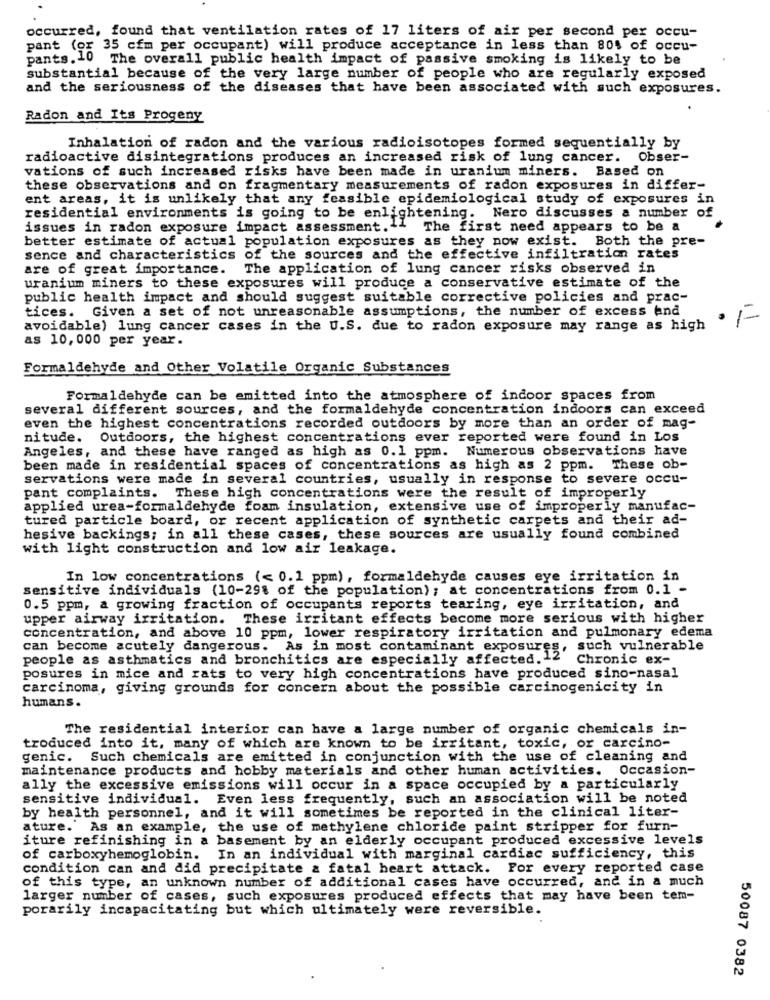
occurred, found that ventilation rates of 17 liters of air per second per occu-
pant (or 35 cfm per occupant) will produce acceptance in less than 80% of occu-
pants. 10 The overall public health impact of passive smoking is likely to be
substantial because of the very large number of people who are regularly exposed
and the seriousness of the diseases that have been associated with such exposures.
Radon and Its Progeny
Inhalation of radon and the various radioisotopes formed sequentially by
radioactive disintegrations produces an increased risk of lung cancer. Obser-
vations of such increased risks have been made in uranium miners. Based on
these observations and on fragmentary measurements of radon exposures in differ-
ent areas, it is unlikely that any feasible epidemiological study of exposures in
residential environments is going to be enlightening. Nero discusses a number of
issues in radon exposure impact assessment.11
The first need appears to be a
better estimate of actual population exposures as they now exist. Both the pre-
sence and characteristics of the sources and the effective infiltration rates
are of great importance.
The application of lung cancer risks observed in
uranium miners to these exposures will produce a conservative estimate of the
public health impact and should suggest suitable corrective policies and prac-
tices. Given a set of not unreasonable assumptions, the number of excess And
1-
-
avoidable) lung cancer cases in the U.S. due to radon exposure may range as high
as 10, 000 per year.
Formaldehyde and Other Volatile Organic Substances
Formaldehyde can be emitted into the atmosphere of indoor spaces from
several different sources, and the formaldehyde concentration indoors can exceed
even the highest concentrations recorded outdoors by more than an order of mag-
nitude. Outdoors, the highest concentrations ever reported were found in Los
Angeles, and these have ranged as high as 0.1 ppm. Numerous observations have
been made in residential spaces of concentrations as high as 2 ppm. These ob-
servations were made in several countries, usually in response to severe occu-
pant complaints. These high concentrations were the result of improperly
applied urea-formaldehyde foam insulation, extensive use of improperly manufac-
tured particle board, or recent application of synthetic carpets and their ad-
hesive backings; in all these cases, these sources are usually found combined
with light construction and low air leakage.
In low concentrations (< 0.1 ppm), formaldehyde causes eye irritation in
sensitive individuals (10-29% of the population) ; at concentrations from 0.1 -
0.5 ppm, a growing fraction of occupants reports tearing, eye irritation, and
upper airway irritation. These irritant effects become more serious with higher
concentration, and above 10 ppm, lower respiratory irritation and pulmonary edema
can become acutely dangerous. As in most contaminant exposures, such vulnerable
people as asthmatics and bronchitics are especially affected. 12 Chronic ex-
posures in mice and rats to very high concentrations have produced sino-nasal
carcinoma, giving grounds for concern about the possible carcinogenicity in
humans.
The residential interior can have a large number of organic chemicals in-
troduced into it, many of which are known to be irritant, toxic, or carcino-
genic.
Such chemicals are emitted in conjunction with the use of cleaning and
maintenance products and hobby materials and other human activities. Occasion-
ally the excessive emissions will occur in a space occupied by a particularly
sensitive individual. Even less frequently, such an association will be noted
by health personnel, and it will sometimes be reported in the clinical liter-
ature. As an example, the use of methylene chloride paint stripper for furn-
iture refinishing in a basement by an elderly occupant produced excessive levels
of carboxyhemoglobin.
In an individual with marginal cardiac sufficiency, this
condition can and did precipitate & fatal heart attack. For every reported case
of this type, an unknown number of additional cases have occurred, and in a much
larger number of cases, such exposures produced effects that may have been tem-
porarily incapacitating but which ultimately were reversible.
50087 0382